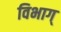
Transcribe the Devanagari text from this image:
विभाग्